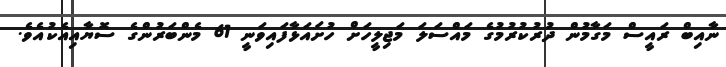
ނާއިބް ރައީސް މަގާމުން ދުރުކުރުމުގެ މައްސަލަ މަޖިލީހަށް ހުށައަޅާފައިވަނީ 61 މެންބަރުންގެ ސޮޔާއިއެކުއެވެ.